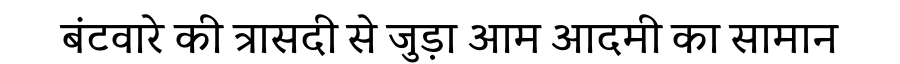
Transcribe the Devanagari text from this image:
बंटवारे की त्रासदी से जुड़ा आम आदमी का सामान